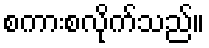
စကားစလိုက်သည်။